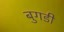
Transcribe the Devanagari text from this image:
बुगडी